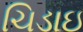
ચિડાઇ